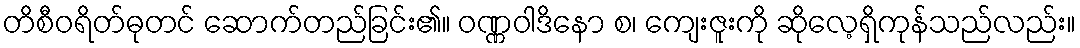
တိစီဝရိတ်ဓုတင် ဆောက်တည်ခြင်း၏။ ဝဏ္ဏဝါဒိနော စ၊ ကျေးဇူးကို ဆိုလေ့ရှိကုန်သည်လည်း။